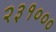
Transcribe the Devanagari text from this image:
२३१०००